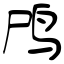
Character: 鸤